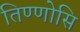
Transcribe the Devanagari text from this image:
तिण्णोसि